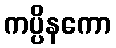
ကပ္ပိနကော